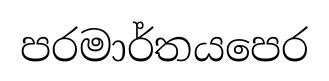
පරමාර්තයපෙර